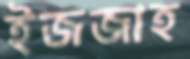
ইজজাহ